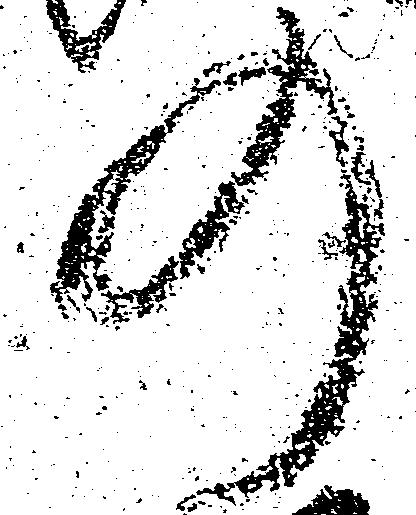
の